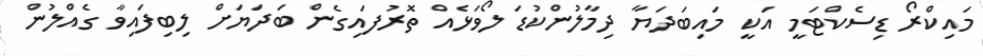
މައިކްރޯ ޑިސެކްޓަމީ އަކީ މައިބަދަޔާ ދިމާލުންކުޑަ ލޯވަޅެއް ތޮރުފައިގެން ބަދަޔަށް ލިބިފައިވާ ގެއްލުން